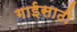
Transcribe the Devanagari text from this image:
गाईसाठी